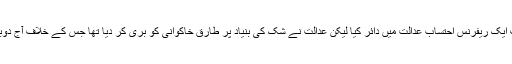
انہوں نے عدالت کو مزید بتایا کہ نیب حکام نے 2012 ء میں طارق ایوب خاکوانی کے خلاف ایک ریفرنس احتساب عدالت میں دائر کیا لیکن عدالت نے شک کی بنیاد پر طارق خاکوانی کو بری کر دیا تھا جس کے خلاف آج دوبارہ نیب کے ایڈیشنل ڈپٹی پراسیکیوٹر آف جنرل سردار ذوالقرنین نے انٹراکورٹ اپیل دائر کی ۔